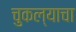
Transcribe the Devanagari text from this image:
चुकल्याचा